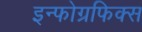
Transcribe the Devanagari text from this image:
इन्फोग्रफिक्स